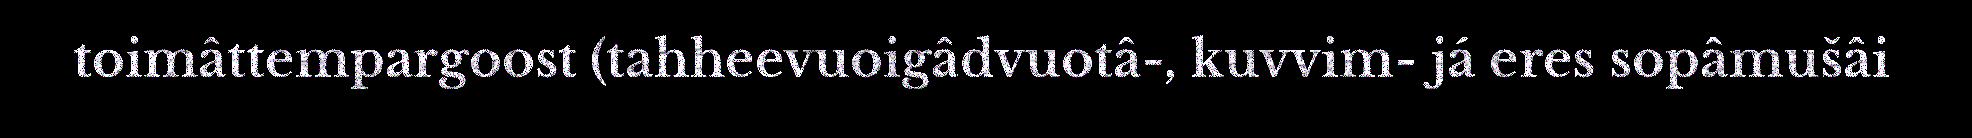
toimâttempargoost (tahheevuoigâdvuotâ-, kuvvim- já eres sopâmušâi